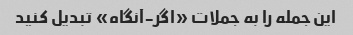
این جمله را به جملات «اگر-آنگاه» تبدیل کنید